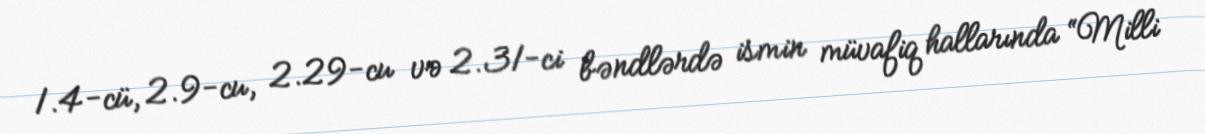
1.4-cü, 2.9-cu, 2.29-cu və 2.31-ci bəndlərdə ismin müvafiq hallarında “Milli